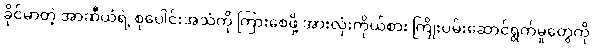
ခိုင်မာတဲ့ အာဆီယံရဲ့ စုပေါင်းအသံကို ကြားစေဖို့ အားလုံးကိုယ်စား ကြိုးပမ်းဆောင်ရွက်မှုတွေကို